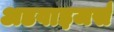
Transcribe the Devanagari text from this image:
अडवाइजर्स